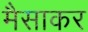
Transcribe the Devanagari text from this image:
मैसाकर